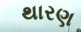
થારણ